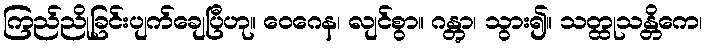
ကြည်ညိုခြင်းပျက်ချေပြီဟု။ ဝေဂေန၊ လျင်စွာ။ ဂန္တွာ၊ သွား၍။ သတ္ထုသန္တိကေ၊